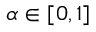
\alpha \in [ 0 , 1 ]